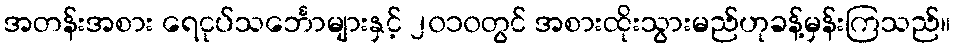
အတန်းအစား ရေငုပ်သင်္ဘောများနှင့် ၂၀၁၀တွင် အစားထိုးသွားမည်ဟုခန့်မှန်းကြသည်။